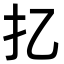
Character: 𢩧